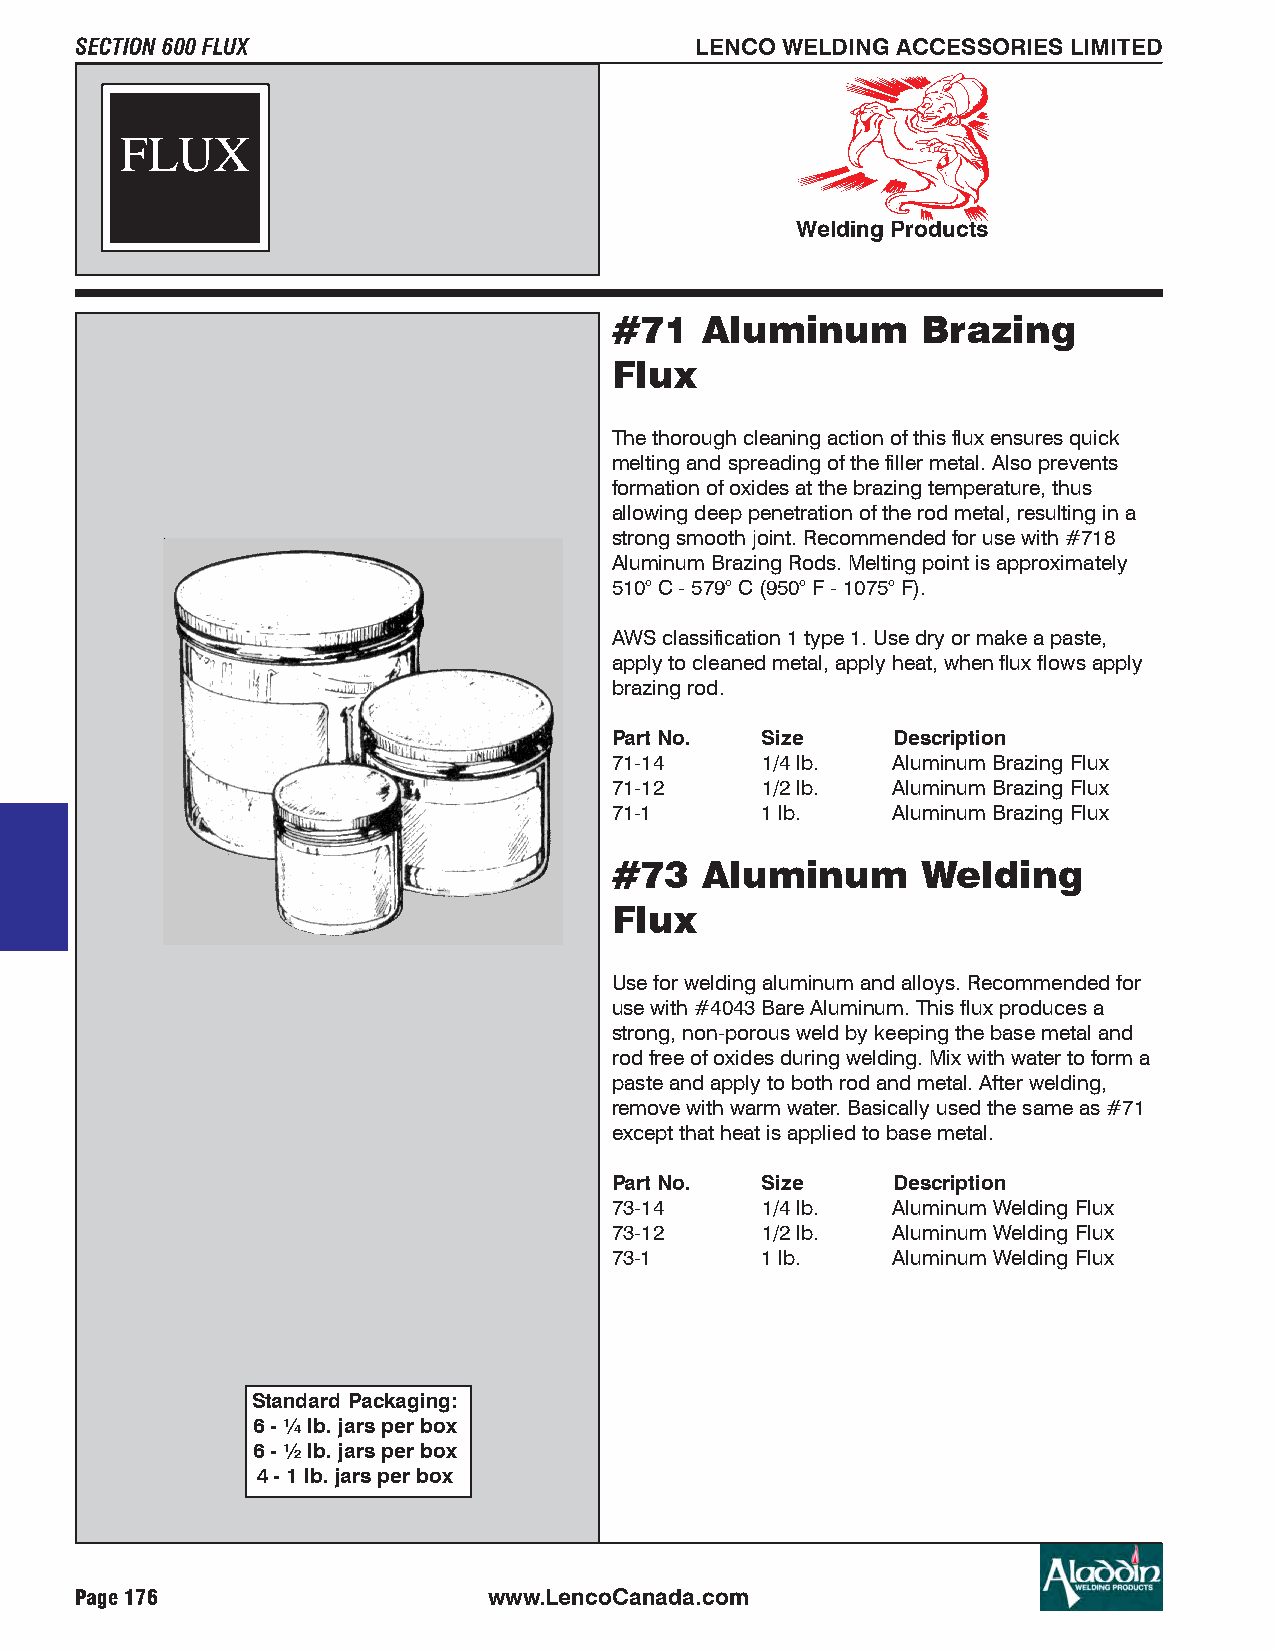
SECTION 600 FLUX                         LENCO WELDING ACCESSORIES LIMITED
 FLUX
 Welding Products
 #71   Aluminum      Brazing
 Flux
 The thorough cleaning action of this flux ensures quick
 melting and spreading of the filler metal. Also prevents
 formation of oxides at the brazing temperature, thus
 allowing deep penetration of the rod metal, resulting in a
 strong smooth joint. Recommended for use with #718
 Aluminum Brazing Rods. Melting point is approximately
 510° C - 579° C (950° F - 1075° F).
 AWS classification 1 type 1. Use dry or make a paste,
 apply to cleaned metal, apply heat, when flux flows apply
 brazing rod.
 Part No. Size     Description
 71-14    1/4 lb.  Aluminum Brazing Flux
 71-12    1/2 lb.  Aluminum Brazing Flux
 71-1     1 lb.    Aluminum Brazing Flux
 #73   Aluminum      Welding
 Flux
 Use for welding aluminum and alloys. Recommended for
 use with #4043 Bare Aluminum. This flux produces a
 strong, non-porous weld by keeping the base metal and
 rod free of oxides during welding. Mix with water to form a
 paste and apply to both rod and metal. After welding,
 remove with warm water. Basically used the same as #71
 except that heat is applied to base metal.
 Part No. Size     Description
 73-14    1/4 lb.  Aluminum Welding Flux
 73-12    1/2 lb.  Aluminum Welding Flux
 73-1     1 lb.    Aluminum Welding Flux
 Standard Packaging:
 6 - ¼ lb. jars per box
 6 - ½ lb. jars per box
 4 - 1 lb. jars per box
 Page 176                   www.LencoCanada.com